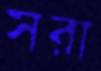
সরা